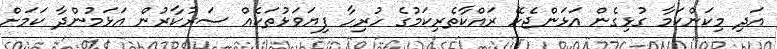
އަދި މިކަންކަމާ ގުޅިގެން އަޅަންޖެހޭ ރައްކާތެރިކަމުގެ ހުރިހާ ފިޔަވަޅުތަކެއް ސަރުކާރުން އަޅަމުންދާ ކަމަށް